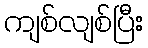
ကျစ်လျစ်ပြီး